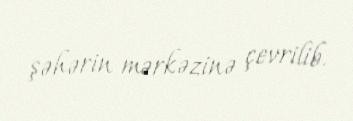
şəhərin mərkəzinə çevrilib.